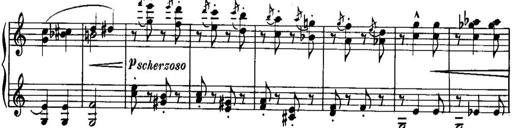
Title: Piano Sonatina No.1, Op.146
Composer: Stephen Heller